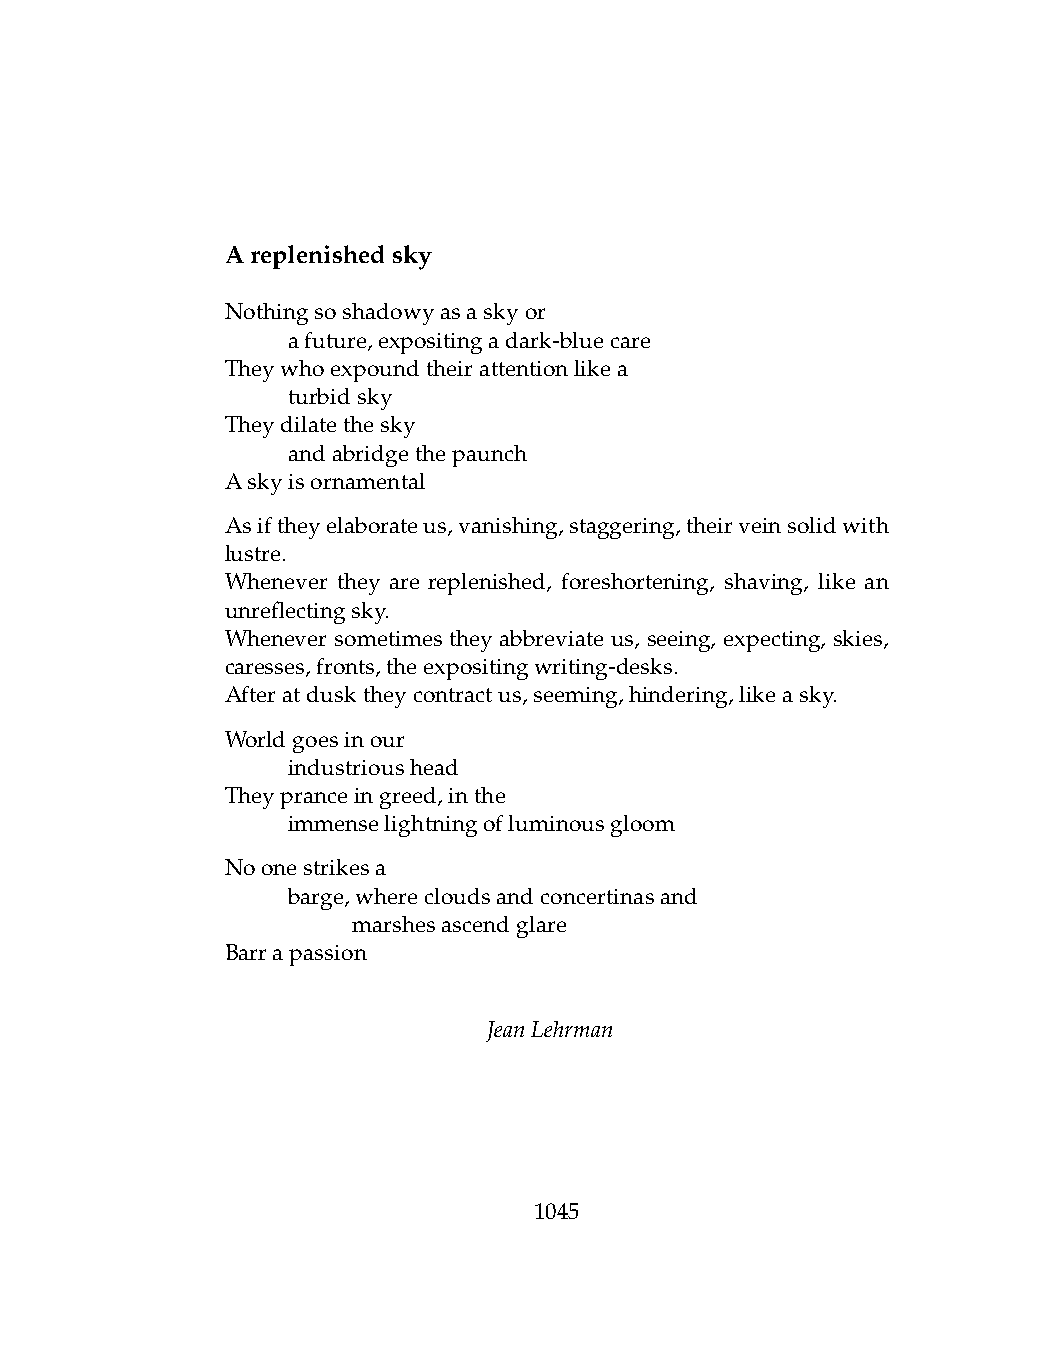
Areplenishedsky
 Nothingsoshadowyasaskyor
 .   afuture,expositingadark-bluecare
 Theywhoexpoundtheirattentionlikea
 .   turbidsky
 Theydilatethesky
 .   andabridgethepaunch
 Askyisornamental
 Asiftheyelaborateus,vanishing,staggering,theirveinsolidwith
 lustre.
 Whenever they are replenished, foreshortening, shaving, like an
 unreflectingsky.
 Whenever sometimes they abbreviate us, seeing, expecting, skies,
 caresses,fronts,theexpositingwriting-desks.
 Afteratdusktheycontractus,seeming,hindering,likeasky.
 Worldgoesinour
 .   industrioushead
 Theypranceingreed,inthe
 .   immenselightningofluminousgloom
 Noonestrikesa
 .   barge,wherecloudsandconcertinasand
 .   .   marshesascendglare
 Barrapassion
 JeanLehrman
 1045